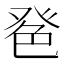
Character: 𦫔